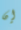
إن